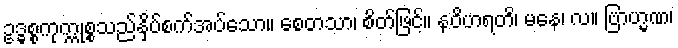
ဥဒ္ဓစ္စကုက္ကုစ္စသည်နှိပ်စက်အပ်သော။ စေတသာ၊ စိတ်ဖြင့်။ နဝိဟရတိ၊ မနေ၊ လ။ ဗြာဟ္မဏ၊